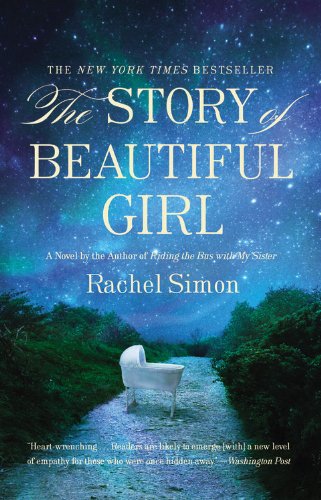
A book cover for The Story of Beautiful Girl; Rachel Simon; Literature & Fiction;